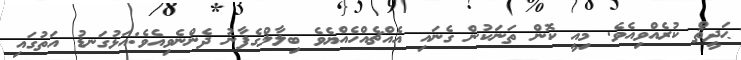
ޙަދީޘް ކުރެއްވިއެވެ. މިއީ ކޮން ތަނަކުން ގެނައި އެއްޗެއްހެއްޔެވެ ބިލާލްގެފާނު ދެންނެވިއެވެ:އަޅުގަނޑު އަތުގައި